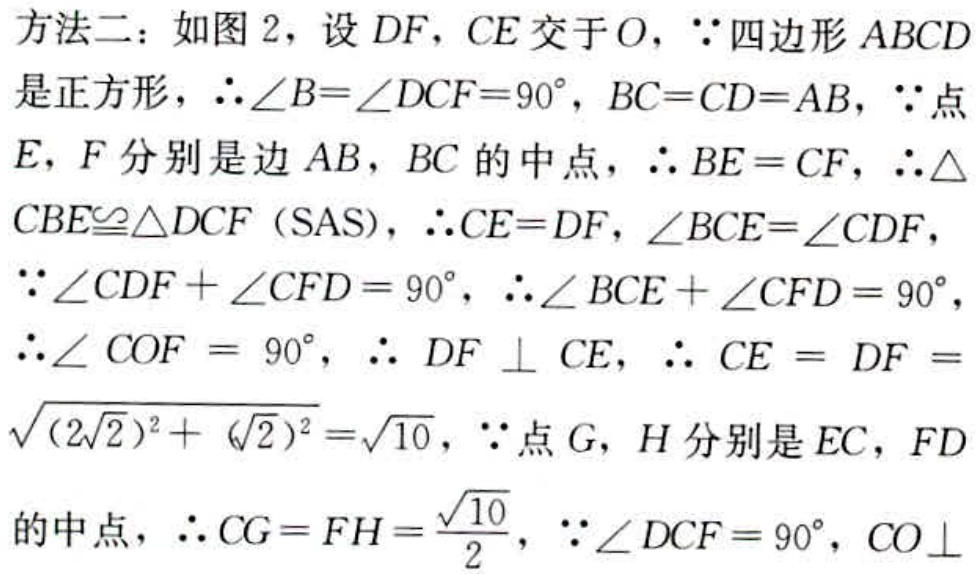
方法二：如图2，设\(DF,CE\)交于\(O\)，\(\because\)四边形\(ABCD\)是正方形，\(\therefore\angle B = \angle DCF=90^{\circ},BC = CD = AB\)，\(\because\)点\(E,F\)分别是边\(AB,BC\)的中点，\(\therefore BE = CF\)，\(\therefore\triangle CBE\cong\triangle DCF\)（SAS），\(\therefore CE = DF,\angle BCE=\angle CDF\)，\(\because\angle CDF+\angle CFD = 90^{\circ}\)，\(\therefore\angle BCE+\angle CFD = 90^{\circ}\)，\(\therefore\angle COF = 90^{\circ}\)，\(\therefore DF\perp CE\)，\(\therefore CE = DF=\sqrt{(2\sqrt{2})^{2}+(\sqrt{2})^{2}}=\sqrt{10}\)，\(\because\)点\(G,H\)分别是\(EC,FD\)的中点，\(\therefore CG = FH=\frac{\sqrt{10}}{2}\)，\(\because\angle DCF = 90^{\circ},CO\perp\)